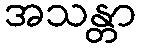
အသန္တာ